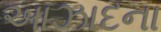
આઝાદના